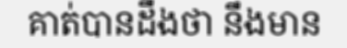
គាត់បានដឹងថា នឹងមាន